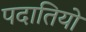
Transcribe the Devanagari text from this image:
पदातियों